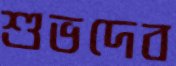
শুভদেব